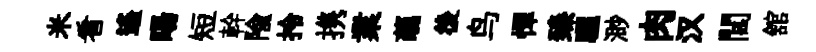
米看遙暘短幹隃拎携業蘤後鸟憚臻驪渺肉汉閭舘